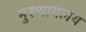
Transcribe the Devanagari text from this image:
मुख्यायलय